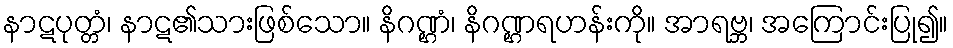
နာဋပုတ္တံ၊ နာဋ၏သားဖြစ်သော။ နိဂဏ္ဌံ၊ နိဂဏ္ဌရဟန်းကို။ အာရဗ္ဘ၊ အကြောင်းပြု၍။